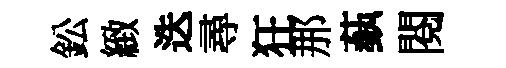
鈆緻迭尋狂那蓺閲